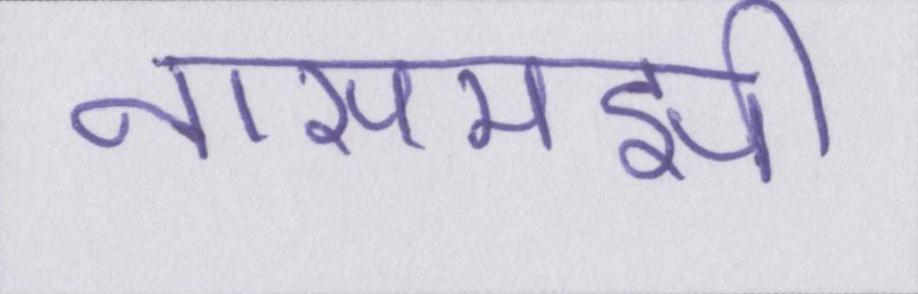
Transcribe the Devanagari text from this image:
नासमझी